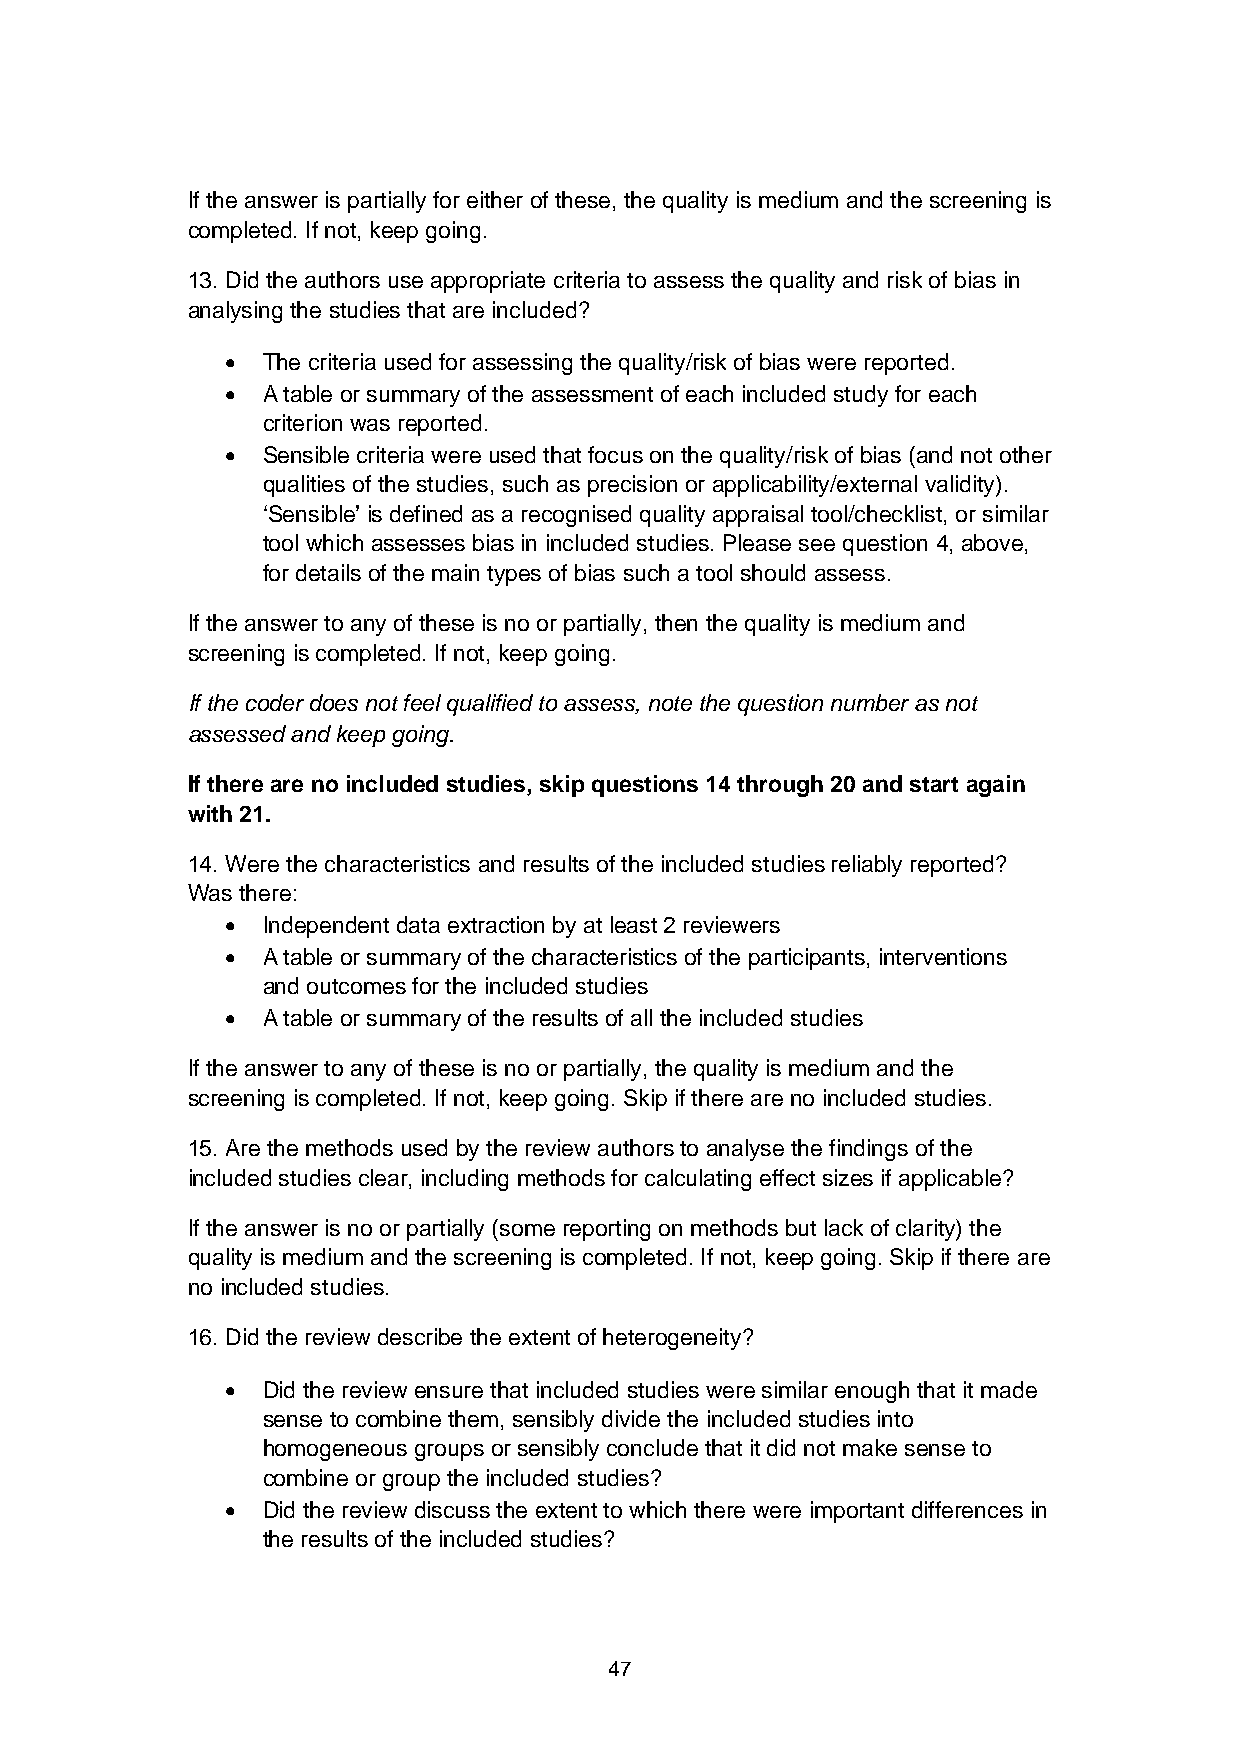
If the answer is partially for either of these, the quality is medium and the screening is
 completed. If not, keep going.
 13. Did the authors use appropriate criteria to assess the quality and risk of bias in
 analysing the studies that are included?
 • The criteria used for assessing the quality/risk of bias were reported.
 • A table or summary of the assessment of each included study for each
 criterion was reported.
 • Sensible criteria were used that focus on the quality/risk of bias (and not other
 qualities of the studies, such as precision or applicability/external validity).
 ‘Sensible’ is defined as a recognised quality appraisal tool/checklist, or similar
 tool which assesses bias in included studies. Please see question 4, above,
 for details of the main types of bias such a tool should assess.
 If the answer to any of these is no or partially, then the quality is medium and
 screening is completed. If not, keep going.
 If the coder does not feel qualified to assess, note the question number as not
 assessed and keep going.
 If there are no included studies, skip questions 14 through 20 and start again
 with 21.
 14. Were the characteristics and results of the included studies reliably reported?
 Was there:
 • Independent data extraction by at least 2 reviewers
 • A table or summary of the characteristics of the participants, interventions
 and outcomes for the included studies
 • A table or summary of the results of all the included studies
 If the answer to any of these is no or partially, the quality is medium and the
 screening is completed. If not, keep going. Skip if there are no included studies.
 15. Are the methods used by the review authors to analyse the findings of the
 included studies clear, including methods for calculating effect sizes if applicable?
 If the answer is no or partially (some reporting on methods but lack of clarity) the
 quality is medium and the screening is completed. If not, keep going. Skip if there are
 no included studies.
 16. Did the review describe the extent of heterogeneity?
 • Did the review ensure that included studies were similar enough that it made
 sense to combine them, sensibly divide the included studies into
 homogeneous groups or sensibly conclude that it did not make sense to
 combine or group the included studies?
 • Did the review discuss the extent to which there were important differences in
 the results of the included studies?
 47